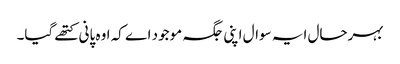
بہرحال ایہ سوال اپنی جگہ موجود اے کہ اوہ پانی کتھے گیا۔